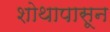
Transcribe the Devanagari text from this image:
शोथापासून